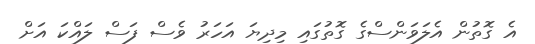
އެ ގޮތުން އެލަވަންސްގެ ގޮތުގައި މިދިޔަ އަހަރު ވެސް ފަސް ލައްކަ އަށް